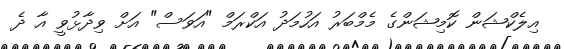
އިލެކްޝަން ކޮމިޝަންގެ މެމްބަރު އަހުމަދު އަކްރަމް "އަވަސް" އަށް ވިދާޅުވީ އާ ދެ